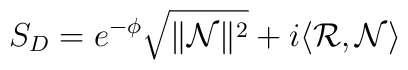
S_{D} = e^{-\phi} \sqrt{\| \mathcal{N} \|^2} + i \langle \mathcal{R} ,\mathcal{N} \rangle